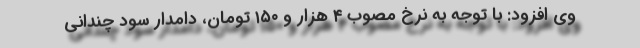
وی افزود: با توجه به نرخ مصوب ۴ هزار و ۱۵۰ تومان، دامدار سود چندانی